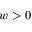
w > 0